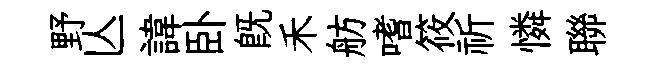
野亾諱卧旣禾舫嗜筱祈憐聯